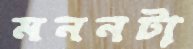
মননটা